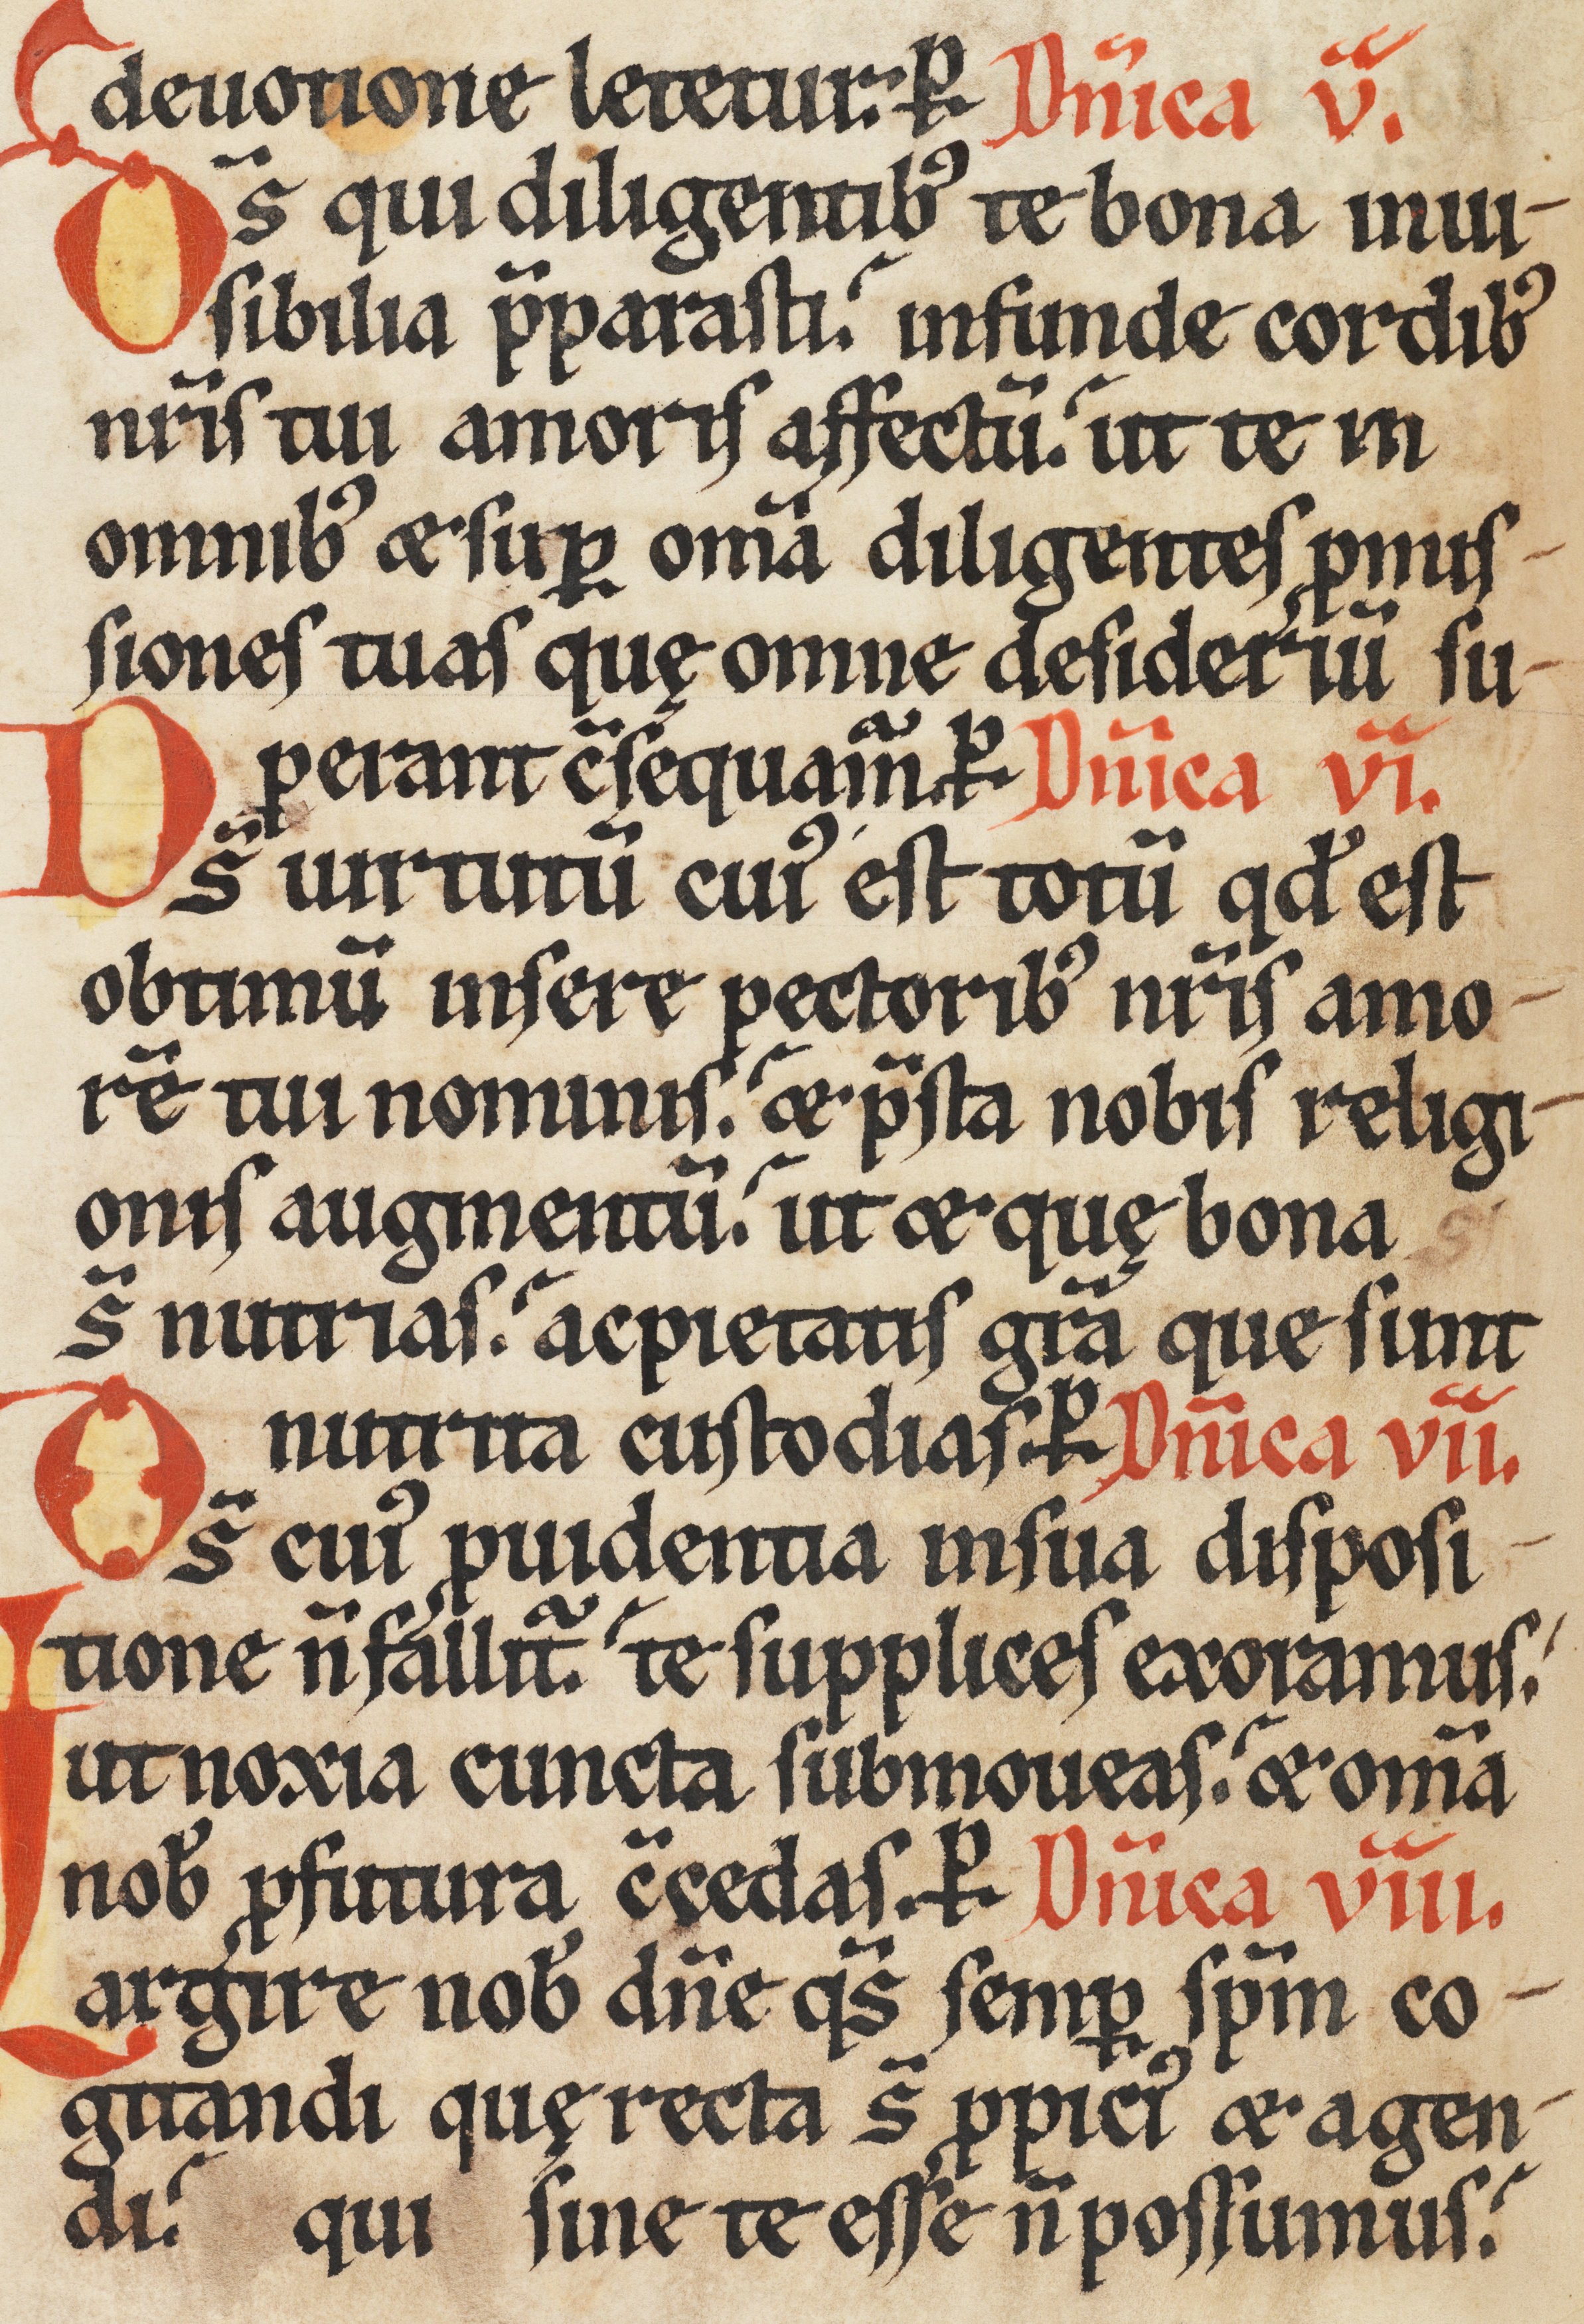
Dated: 1170–1230